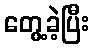
တွေ့ခဲ့ပြီး